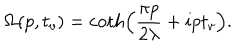
\Omega ( p , t _ { v } ) = \coth \left( \frac { \pi p } { 2 \lambda } + i p t _ { v } \right) .